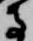
寺